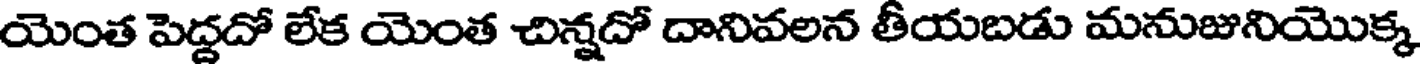
యెంత పెద్దదో లేక యెంత చిన్నదో దానివలన తీయబడు మనుజునియొక్క